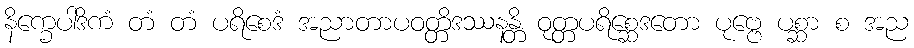
နိက္ခေပါဒိကံ တံ တံ ပရိစေဒံ အညာတာပဝတ္တိဒဿနန္တိ ဝုတ္တပရိစ္ဆေဒတော ပုဗ္ဗေ ပစ္ဆာ စ အည